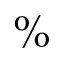
\%